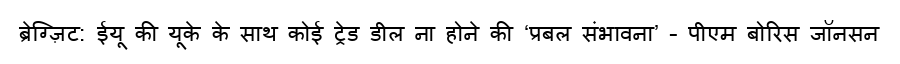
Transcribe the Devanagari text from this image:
ब्रेग्ज़िट: ईयू की यूके के साथ कोई ट्रेड डील ना होने की ‘प्रबल संभावना’ – पीएम बोरिस जॉनसन